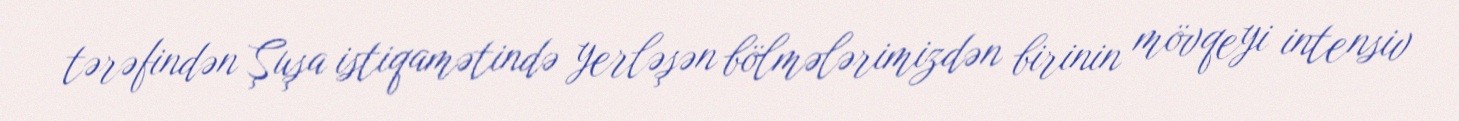
tərəfindən Şuşa istiqamətində yerləşən bölmələrimizdən birinin mövqeyi intensiv